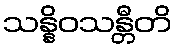
သန္နိဝသန္တီတိ